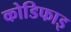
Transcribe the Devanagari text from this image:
कोडिफाइ